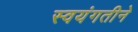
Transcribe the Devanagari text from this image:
स्वयंगतीने